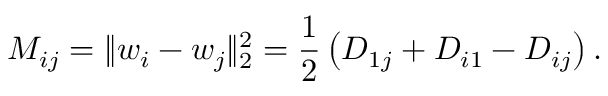
M _ { i j } = \| w _ { i } - w _ { j } \| _ { 2 } ^ { 2 } = \frac { 1 } { 2 } \left( D _ { 1 j } + D _ { i 1 } - D _ { i j } \right) .